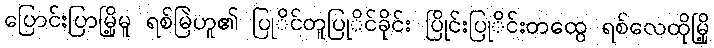
ပြောင်းပြာမြို့မူ ရစ်မြဲဟူ၏ ပြုိင်တူပြုိင်ခိုင်း ပြိုင်းပြုိင်းတထွေ ရစ်လေထိုမြို့